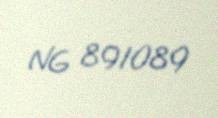
NG 891089